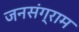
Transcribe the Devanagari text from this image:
जनसंग्राम